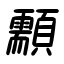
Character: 顬